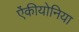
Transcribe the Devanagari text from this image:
ऐंकीयोनिया